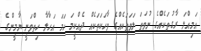
އަމިއްލަ ރާގުތަކެއްގެ ނުވަތަ ލަވަތަކެއްގެ ވާހަކަތަކެއް ދެއްކީމަ ހަމަ އަހާލާ ހިތްވަނީ ޔާމީންގެ